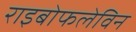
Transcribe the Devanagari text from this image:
राइबोफलेविन